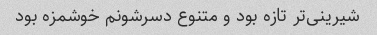
شیرینی‌تر تازه بود و متنوع دسرشونم خوشمزه بود